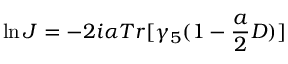
\ln J = - 2 i \alpha T r [ \gamma _ { 5 } ( 1 - \frac { a } { 2 } D ) ]